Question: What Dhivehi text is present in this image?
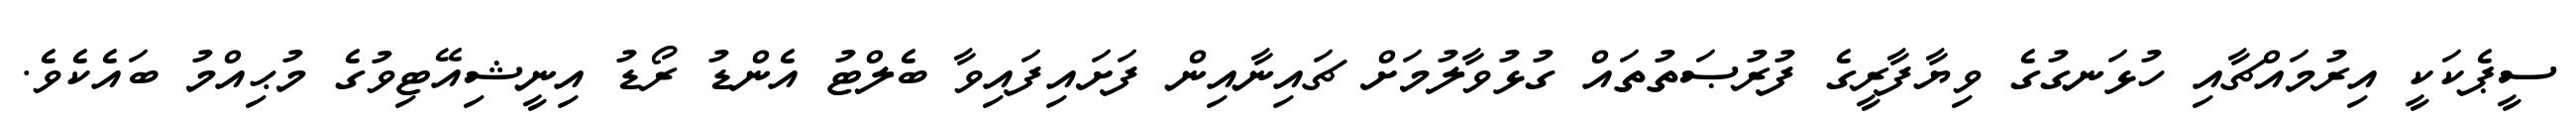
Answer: ސީޕެކަކީ އިރުމައްޗާއި ހުޅަނގުގެ ވިޔާފާރީގެ ފުރުޞަތުތައް ގުޅުވާލުމަށް ޗައިނާއިން ފަށައިފައިވާ ބެލްޓު އެންޑު ރޯޑު އިނީޝިއޭޓިވުގެ މުޙިއްމު ބައެކެވެ.